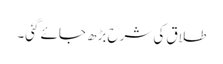
طلاق کی شرح بڑھ جائے گئی۔